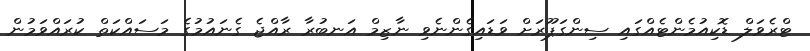
ޓްރެވަލް ޑޮކިއުމެންޓެއްގައި ސިންގަޕޫރަށް ވަޑައިގެންނެވި ނާޒިމް އަނބުރާ ރާއްޖެ ގެނައުމުގެ މަސައްކަތް ކުރައްވަމުން